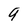
Character: 9